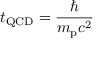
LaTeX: t _ { \mathrm { Q C D } } = { \frac { \hbar } { m _ { \mathrm { p } } c ^ { 2 } } }